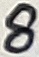
Text: 8